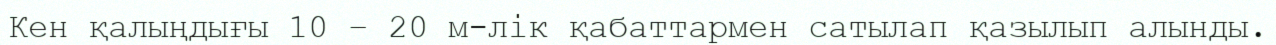
Кен қалыңдығы 10 – 20 м-лік қабаттармен сатылап қазылып алынды.